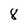
Character: 8